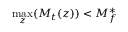
\operatorname* { m a x } _ { z } ( M _ { t } ( z ) ) < M _ { f } ^ { \ast }